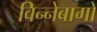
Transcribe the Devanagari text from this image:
विन्नेबागो